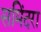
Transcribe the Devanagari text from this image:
समिंदरा